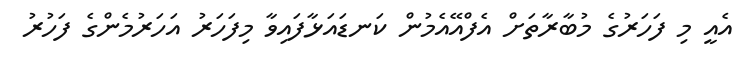
އެއީ މި ފަހަރުގެ މުބާރާތަށް އެފްއޭއެމުން ކަނޑައަޅާފައިވާ މިފަހަރު އަހަރުމެންގެ ފަހުރު